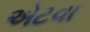
એટવા